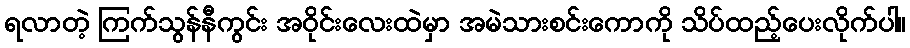
ရလာတဲ့ ကြက်သွန်နီကွင်း အဝိုင်းလေးထဲမှာ အမဲသားစင်းကောကို သိပ်ထည့်ပေးလိုက်ပါ။